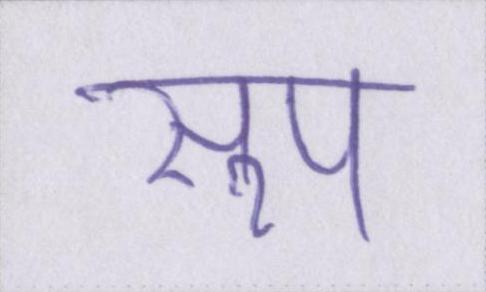
सूप